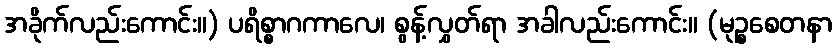
အခိုက်လည်းကောင်း။) ပရိစ္စာဂကာလေ၊ စွန့်လွှတ်ရာ အခါလည်းကောင်း။ (မုဉ္စစေတနာ